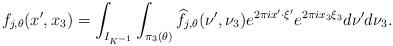
LaTeX: \begin{align*} f_{j,\theta}(x',x_3)=\int_{I_{K^{-1}}}\int_{\pi_3(\theta)}\widehat{f}_{j,\theta}(\nu',\nu_3)e^{2\pi ix'\cdot\xi'}e^{2\pi i x_3\xi_3}d\nu'd\nu_3 .\end{align*}